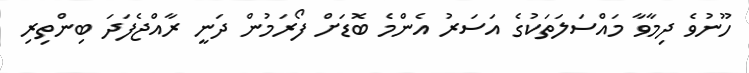
ހޫނުވެ ދިމާވާ މައްސަލަތަކުގެ އަސަރު އެންމެ ބޮޑަށް ފޯރަމުން ދަނީ ރާއްޖެފަދަ ބިންތިރި